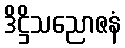
ဒိဋ္ဌိသညောဇနံ